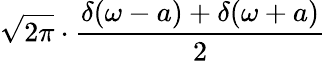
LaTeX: {\sqrt{2\pi}}\cdot{\frac{\delta(\omega-a)+\delta(\omega+a)}{2}}